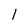
Character: 1